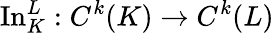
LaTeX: \operatorname{In}_{K}^{L}:C^{k}(K)\to C^{k}(L)